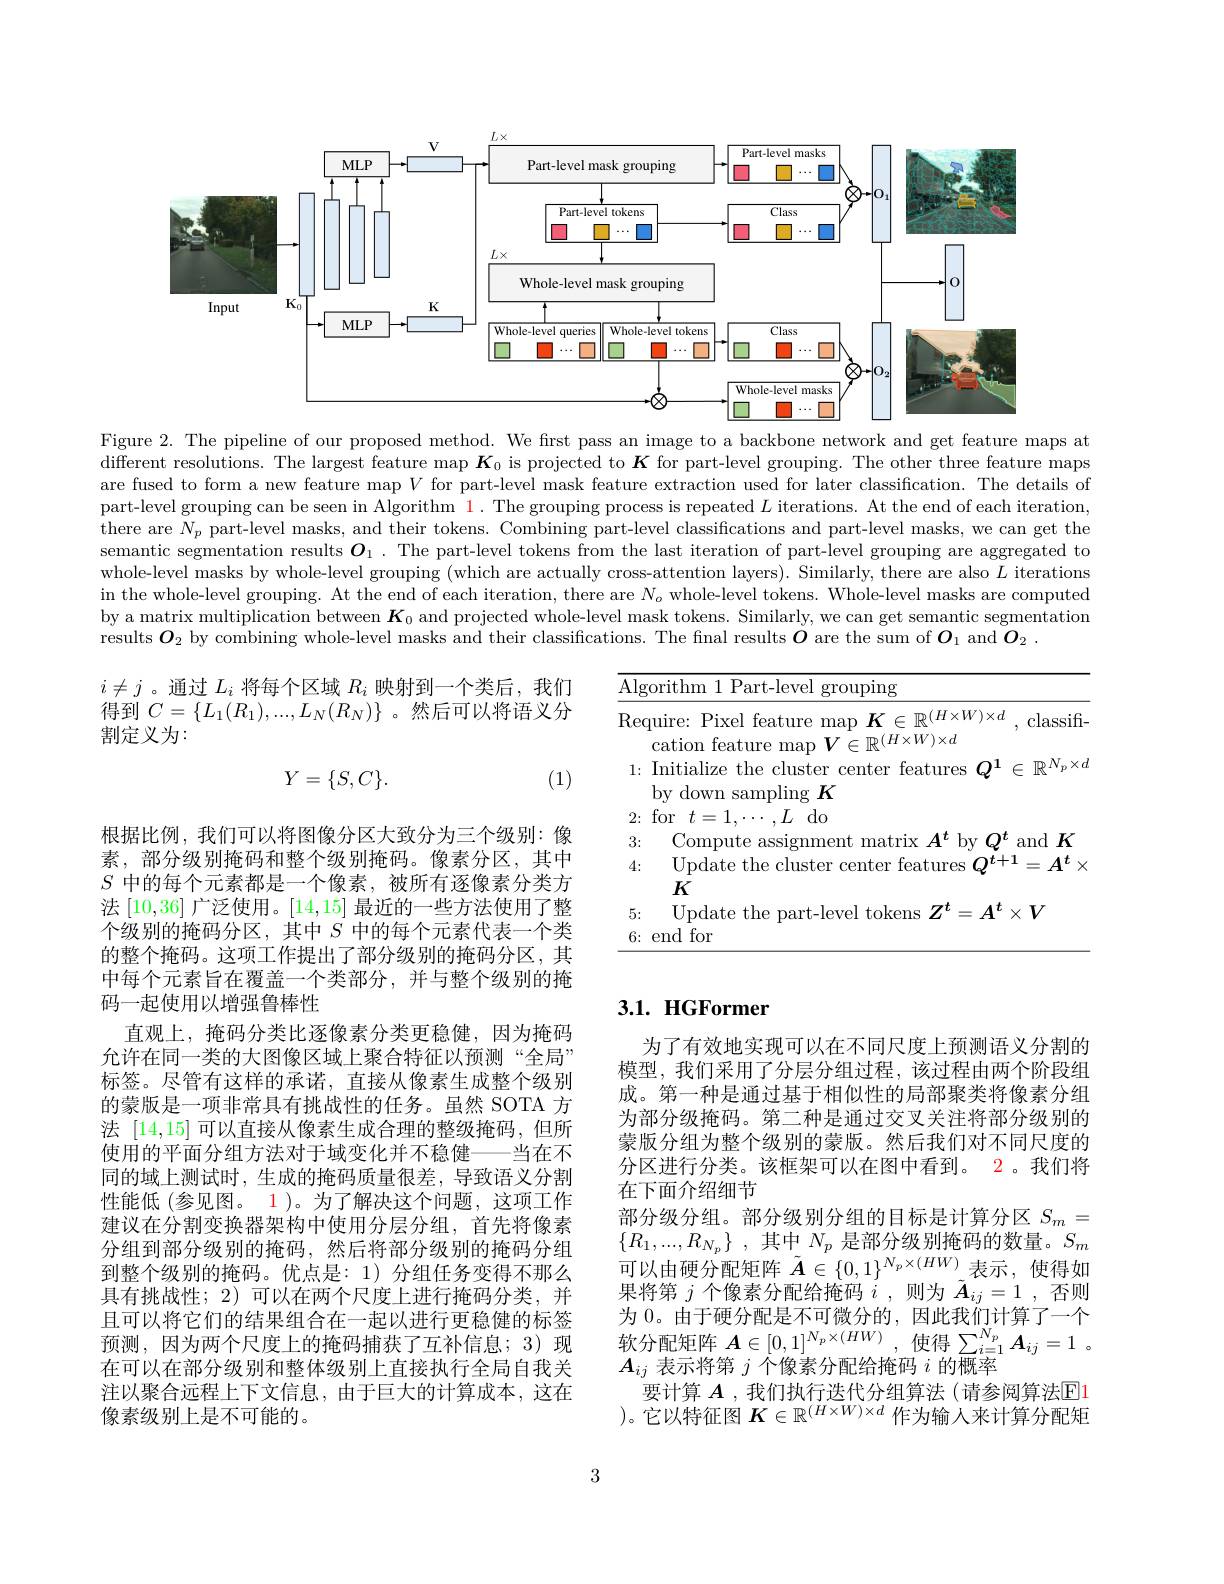
<FigureHere>

Figure 2. The pipeline of our proposed method. We first pass an image to a backbone network and get feature maps at $\bar{\text{different resolutions.The largest feature map }K}_0$ is projected to $K$ for part-level grouping. The other three feature maps are fused to form a new feature map $V$ for part-level mask feature extraction used for later classification. The details of part-level grouping can be seen in Algorithm 1. The grouping process is repeated $L$ iterations. At the end of each iteration, there are $N_p$ part-level masks, and their tokens. Combining part-level classifications and part-level masks, we can get the semantic segmentation results $\boldsymbol{O}_1$ .The part-level tokens from the last iteration of part-level grouping are aggregated to whole-level masks by whole-level grouping (which are actually cross-attention layers). Similarly, there are also $L$ iterations in the whole-level grouping. At the end of each iteration, there are $N_o$ whole-level tokens. Whole-level masks are computed by a matrix multiplication between $K_0$ and projected whole-level mask tokens. Similarly, we can get semantic segmentation results $O_2$ by combining whole-level masks and their classifications. The fnal results $\boldsymbol{O}$ are the sum of $\boldsymbol{O}_1$ and $\boldsymbol{O}_2.$

$i\neq j$ 。通过$L_i$将每个区域$R_i$映射到一个类后，我们得到$C=\{L_1(R_1),...,L_N(R_N)\}$ 。然后可以将语义分割定义为：
$$Y=\{S,C\}.$$
(1)

<table>
	<tbody>
		<tr>
			<td>$\underline{{\mathrm{Algc}}}$ -</td>
			<td> </td>
		</tr>
		<tr>
			<td>Req</td>
			<td>classifi</td>
		</tr>
		<tr>
			<td> </td>
			<td> </td>
		</tr>
		<tr>
			<td>1: 1 1</td>
			<td>$\mathbb{R}^{N_p}\times d$ $\in$ </td>
		</tr>
		<tr>
			<td>$U.$ 4:</td>
			<td>$\mathbf{C}\mathbf{L}\mathbf{I}\mathbf{U}\mathbf{I}$ 1 $A^{t}$ = $X$ -</td>
		</tr>
		<tr>
			<td>6:</td>
			<td> </td>
		</tr>
	</tbody>
</table>

# 3.1. HGFormer

根据比例，我们可以将图像分区大致分为三个级别：像素，部分级别掩码和整个级别掩码。像素分区，其中$S$中的每个元素都是一个像素，被所有逐像素分类方法[10,36]广泛使用。[14,15]最近的一些方法使用了整个级别的掩码分区，其中$S$中的每个元素代表一个类的整个掩码。这项工作提出了部分级别的掩码分区，其中每个元素旨在覆盖一个类部分，并与整个级别的掩码一起使用以增强鲁棒性
直观上，掩码分类比逐像素分类更稳健，因为掩码允许在同一类的大图像区域上聚合特征以预测“全局” 标签。尽管有这样的承诺，直接从像素生成整个级别的蒙版是一项非常具有挑战性的任务。虽然 SOTA 方法[14,15]可以直接从像素生成合理的整级掩码，但所使用的平面分组方法对于域变化并不稳健——当在不同的域上测试时，生成的掩码质量很差，导致语义分割性能低 (参见图。1)。为了解决这个问题，这项工作建议在分割变换器架构中使用分层分组，首先将像素分组到部分级别的掩码，然后将部分级别的掩码分组到整个级别的掩码。优点是：1)分组任务变得不那么具有挑战性；2)可以在两个尺度上进行掩码分类，并且可以将它们的结果组合在一起以进行更稳健的标签预测，因为两个尺度上的掩码捕获了互补信息；3)现在可以在部分级别和整体级别上直接执行全局自我关注以聚合远程上下文信息，由于巨大的计算成本，这在像素级别上是不可能的。

为了有效地实现可以在不同尺度上预测语义分割的模型，我们采用了分层分组过程，该过程由两个阶段组成。第一种是通过基于相似性的局部聚类将像素分组为部分级掩码。第二种是通过交叉关注将部分级别的蒙版分组为整个级别的蒙版。然后我们对不同尺度的分区进行分类。该框架可以在图中看到。2。我们将在下面介绍细节
部分级分组。部分级别分组的目标是计算分区$S_{m}=$ $\{ R_{1}, . . . , R_{N_{p}}\}$ , 其 中 $N_{p}$ 是 部 分 级 别 掩 码 的 数 量 。$S_{m}$ 可 以 由 硬 分 配 矩 阵 $\tilde{\boldsymbol{A}} \in \{ 0, 1\} ^{N_{p}\times ( HW) }$表 示 ,使 得 如果将第$j$个像素分配给掩码$i$,则为$\tilde{\boldsymbol{A}}_{ij}=1$,否则为 0。由于硬分配是不可微分的，因此我们计算了一个软分配矩阵$A\in[0,1]^{N_p\times(HW)}$,使得$\sum_i=1^{N_p}\boldsymbol{A}_{ij}=1$ $A_{ij}$表示将第$j$个像素分配给掩码$i$的概率
要计算 $A$ ,我们执行迭代分组算法 (请参阅算法$\boxed{\mathrm{F}}1$ )。它以特征图$K\in\mathbb{R}^{(H\times W)\times d}$作为输人来计算分配矩

3